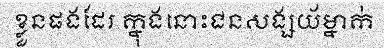
ខ្លួនផងដែរ ក្នុងនោះជនសង្សយ័ម្នាក់